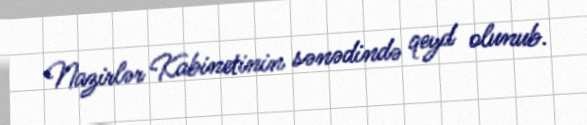
Nazirlər Kabinetinin sənədində qeyd olunub.